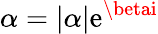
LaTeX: \alpha=|\alpha|\mathrm{e}^{\betai}